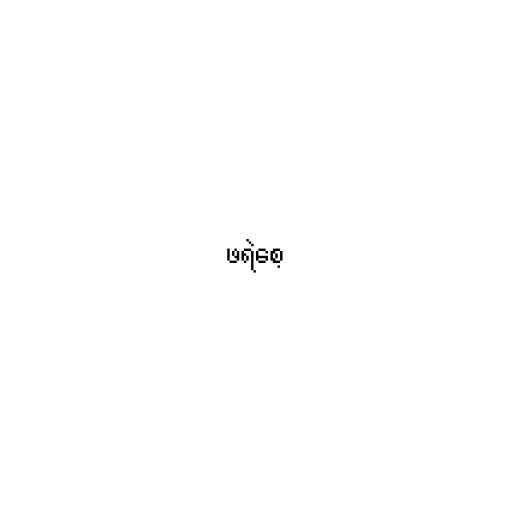
ဖရဲစေ့